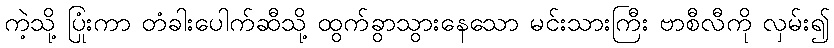
ကဲ့သို့ ပြုံးကာ တံခါးပေါက်ဆီသို့ ထွက်ခွာသွားနေသော မင်းသားကြီး ဗာစီလီကို လှမ်း၍